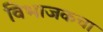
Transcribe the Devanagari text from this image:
विभाजकचा